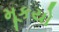
મૂકયો